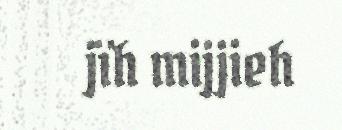
jïh mijjieh